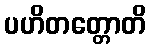
ပဟိတတ္တောတိ